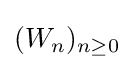
(W_{n})_{n\geq 0}